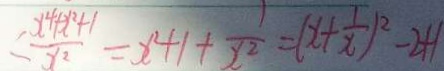
< \frac { ( x ^ { 4 } + x ^ { 2 } + 1 } { x ^ { 2 } } = x ^ { 2 } + 1 + \frac { 1 } { x ^ { 2 } } = ( x + \frac { 1 } { x } ) ^ { 2 } - 2 + 1